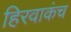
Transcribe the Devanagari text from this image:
हिरवाकंच